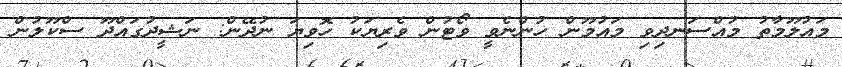
މައުލޫމާތު މުއްސަނދިވި މައުމޫން ހުންނެވީ ވޯޓުން ވެރިޔަކު ހޮވިޔަ ނުދޭން: ނަޝީދުގައްދޫ ސްކޫލުން